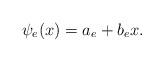
LaTeX: \begin{align*} \psi_e(x) = a_e + b_e x. \end{align*}